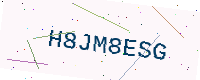
Text: H8JM8ESG